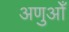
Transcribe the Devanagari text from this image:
अणुओँ